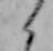
く